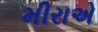
મીરાએ